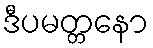
ဒီပမတ္တနော